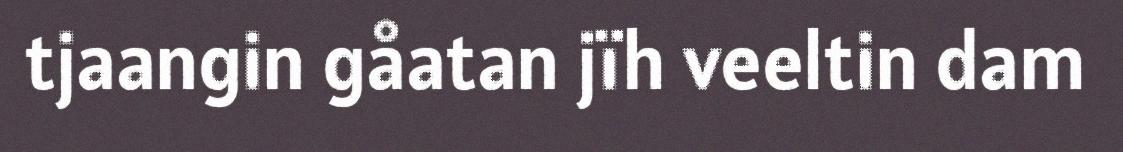
tjaangin gåatan jïh veeltin dam